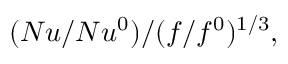
( N u / N u ^ { 0 } ) / ( f / f ^ { 0 } ) ^ { 1 / 3 } ,